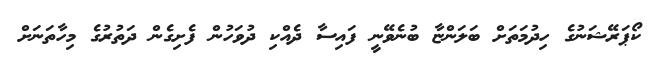
ކޯޕަރޭޝަނުގެ ހިދުމަތަށް ބަލަންޏާ ބުނެވޭނީ ފައިސާ ދެއްކި ދުވަހުން ފެށިގެން ދަތުރުގެ މިހާތަނަށް